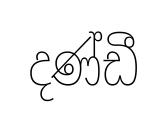
දණ්ඩී